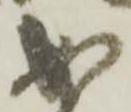
成